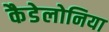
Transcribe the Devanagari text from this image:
कैडेलोनिया